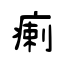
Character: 瘌